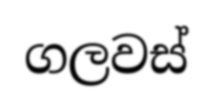
ගලවස්